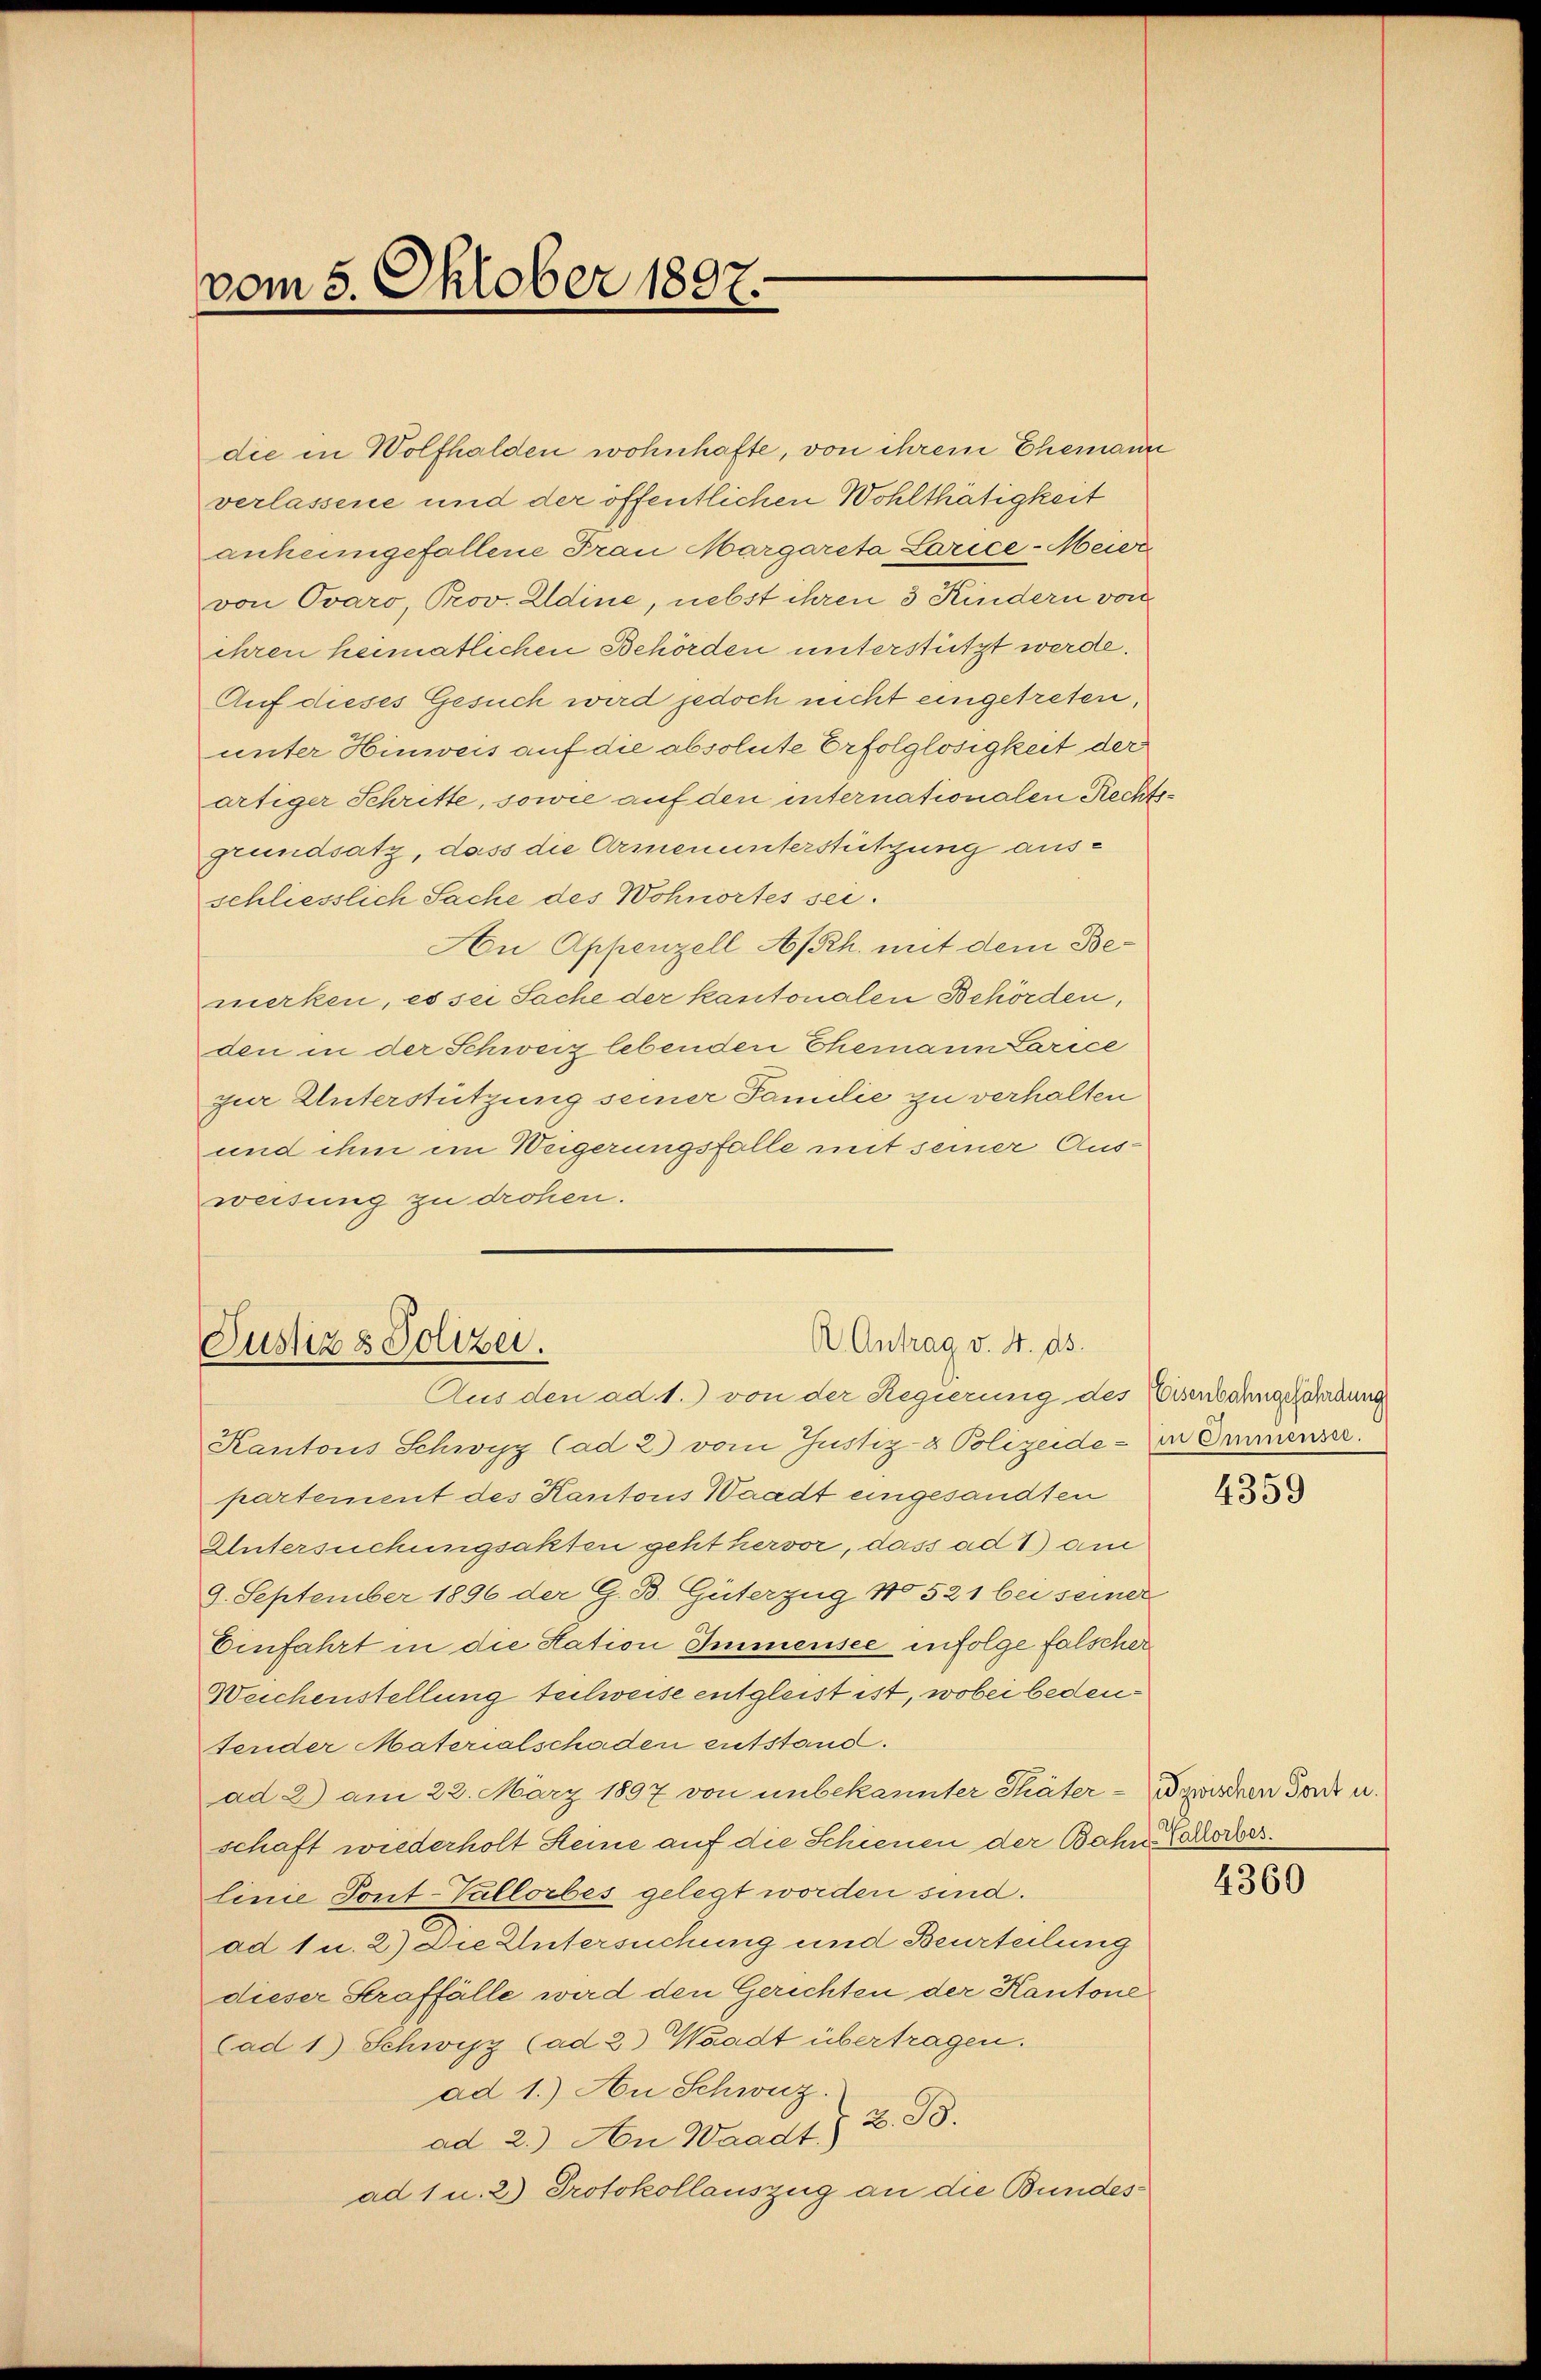
vom 5. Oktober 1897.

die in Wolfhalden wohnhafte, von ihrem Ehemann
verlassene und der öffentlichen Wohlthätigkeit
anheimgefallene Frau Margareta Larice-Meier
von Ovaro, Prov. Edine, nebst ihren 3 Kindern von
ihren heimatlichen Behörden unterstützt werde.
Auf dieses Gesuch wird jedoch nicht eingetreten,
unter Hinweis auf die absolute Erfolglosigkeit der
artiger Schritte, sowie auf den internationalen Rechtsgrundsatz, dass die Armenunterstützung ausschliesslich Sache des Wohnortes sei.
Au Appenzell A/Rh. mit dem Bemerken, es sei Sache der kantonalen Behörden,
den in der Schweiz lebenden Themann Larice
zur Unterstützung seiner Familie zu verhalten
und ihm ein Weigerungsfalle mit seiner Aus-
weisung zu drohen.

A. Antrag v. 4. ds.
Justiz & Polizei.
Aus den ad 1.) von der Regierung des Eisenbahngefährdung

Kantons Schwyz Cad 2) vom Justiz- & Polizeide - in Emmenser
partement des Kantons Waadt eingesandten
Untersuchungsakten geht hervor, dass ad 1) am
9. September 1896 der G. B. Güterzug No 521 bei seiner
Einfahrt in die Sation Immensee infolge falscher
Weichenstellung teilweise entgleist ist, wobei bedeufender Materialschaden entstand.
ad 2) am 22. März 1897 von unbekannter Thäter - zwischen Ton u.
schaft wiederholt Steine auf die Schienen der Bahn erbes
linie Tont-Vallorbes gelegt worden sind.
ad 1 u. 2) Die Untersuchung und Beurteilung
dieser Straffälle wird den Gerichten der Kantone
Cad 1) Schwyz (ad 2) Waadt übertragen.
ad 1.) An Schweiz.
ad 2.) An Waadt) Z. B.
ad 1 u. 2) Protokollauszug an die Bundes¬

4359

4360